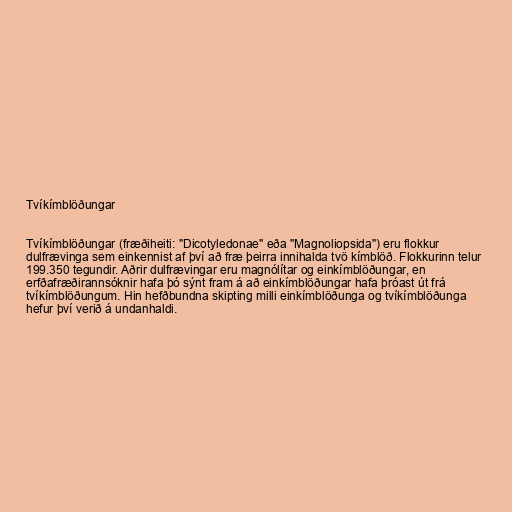
Tvíkímblöðungar

Tvíkímblöðungar (fræðiheiti: "Dicotyledonae" eða "Magnoliopsida") eru flokkur
dulfrævinga sem einkennist af því að fræ þeirra innihalda tvö kímblöð. Flokkurinn telur
199.350 tegundir. Aðrir dulfrævingar eru magnólítar og einkímblöðungar, en
erfðafræðirannsóknir hafa þó sýnt fram á að einkímblöðungar hafa þróast út frá
tvíkímblöðungum. Hin hefðbundna skipting milli einkímblöðunga og tvíkímblöðunga
hefur því verið á undanhaldi.